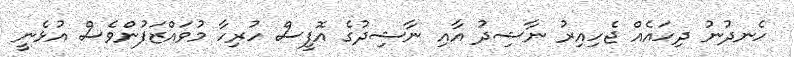
ހެނދުނު ދިހައެއް ޖެހިއިރު ނާޝިދު އާއި ނާޝިދުގެ އޮފީސް ހުރިހާ މުވައްޒަފުންވެސް އުޅެނީ